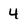
Character: 4